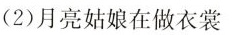
(2)月亮姑娘在做衣裳